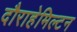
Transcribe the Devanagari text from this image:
दौराहेमिल्टन